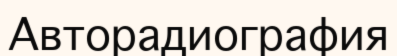
Авторадиография